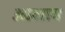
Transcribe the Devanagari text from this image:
आलाव